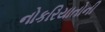
નોકરિયાતોની